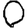
Digit: 0